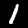
Label: 1